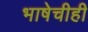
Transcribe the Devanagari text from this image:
भाषेचीही